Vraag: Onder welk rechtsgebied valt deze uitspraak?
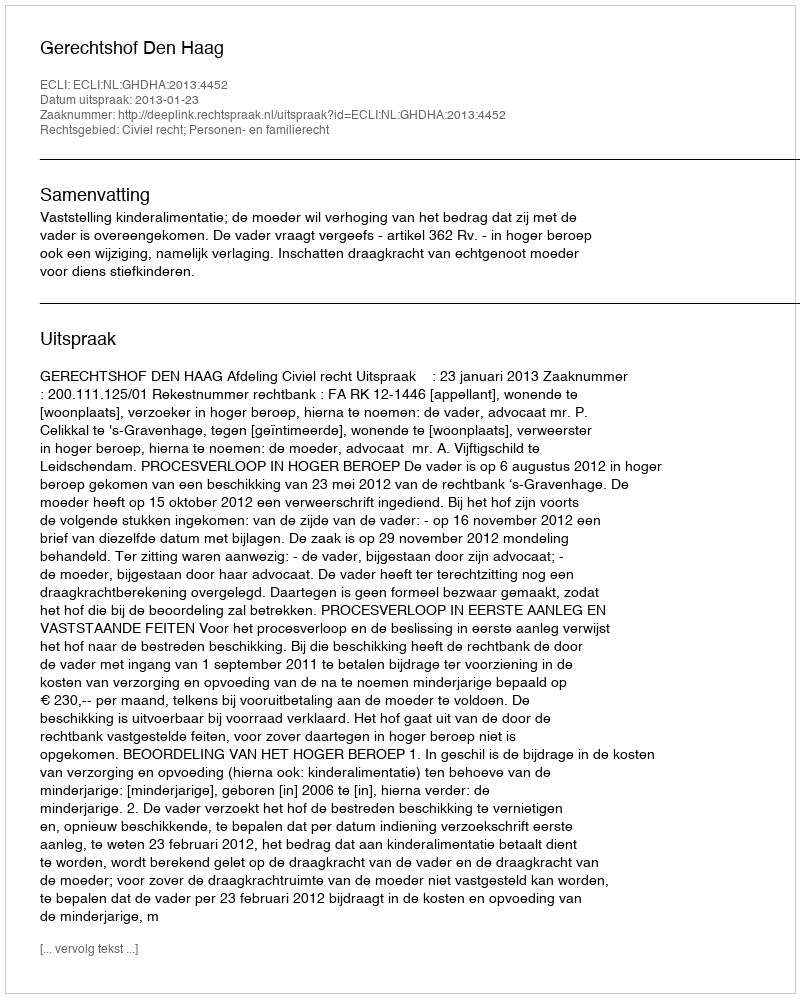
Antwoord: Civiel recht; Personen- en familierecht